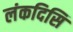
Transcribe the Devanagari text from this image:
लंकदिसि